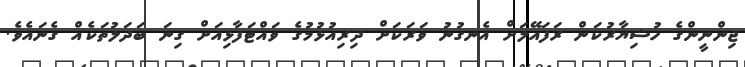
ޖިންނީންގެ ހުޝިޔާރުކަން ރަފައޭލަށް އެނގުނު ވަރަކަށް ދިރިއުޅުމުގެ ވައްޓަފާޅިއަށް ގިނަ ބަދަލުތަކެއް ގެނައެވެ.